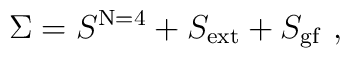
\Sigma =S^{{\rm N=4}}+S_{{\rm ext}}+S_{{\rm gf}}\,\,,